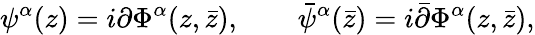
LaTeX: \psi^{\alpha}(z)=i\partial\Phi^{\alpha}(z,\bar{z}),\qquad\bar{\psi}^{\alpha}(\bar{z})=i\bar{\partial}\Phi^{\alpha}(z,\bar{z}),